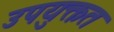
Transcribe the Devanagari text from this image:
उपयुक्तत